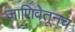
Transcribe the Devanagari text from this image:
जाणिवेतूनच